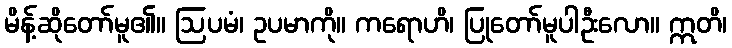
မိန့်ဆိုတော်မူ၏။ ဩပမံ၊ ဥပမာကို။ ကရောဟိ၊ ပြုတော်မူပါဦးလော။ ဣတိ၊